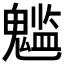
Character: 𩴌